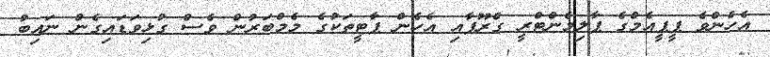
އެހެންވެ ޕީޕީއެމްގެ ޕާލިމެންޓްރީ ގްރޫޕާއި އެހެން ޕާޓީތަކުގެ މެމްބަރުން ވެސް ގުޅިވަޑައިގެން ނައިބު